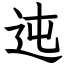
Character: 迍